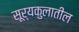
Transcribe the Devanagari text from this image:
सूर्यकुलातील